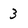
Character: 3